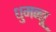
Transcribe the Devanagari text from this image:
धुमन्तू